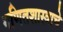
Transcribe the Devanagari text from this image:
गणितशास्त्राचे